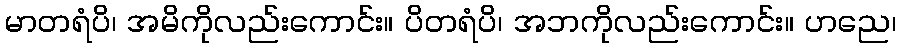
မာတရံပိ၊ အမိကိုလည်းကောင်း။ ပိတရံပိ၊ အဘကိုလည်းကောင်း။ ဟညေ၊